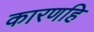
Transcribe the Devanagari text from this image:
कारणहि